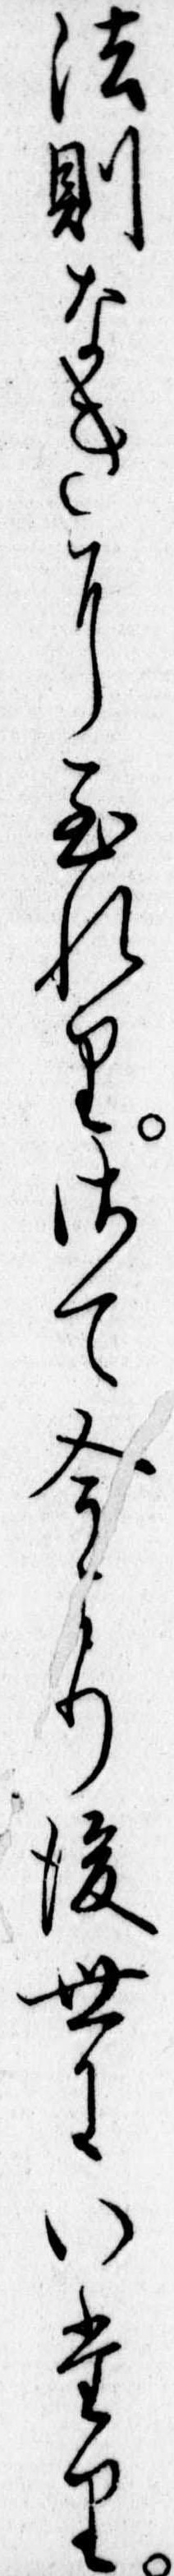
法則なきに至れりさて今より後世にいたり